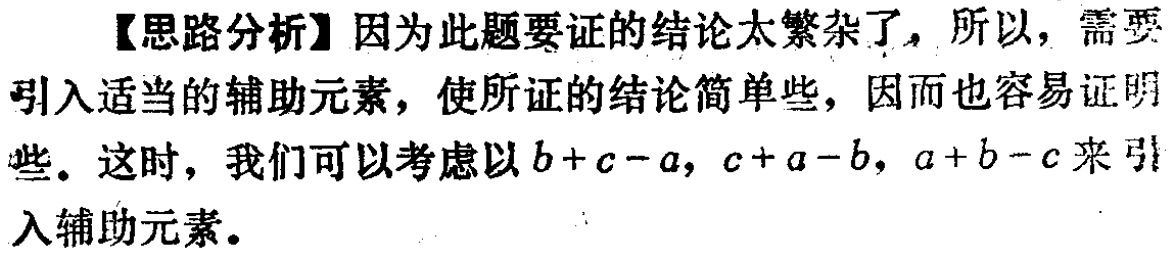
【思路分析】因为此题要证的结论太繁杂了，所以，需要引入适当的辅助元素，使所证的结论简单些，因而也容易证明些。这时，我们可以考虑以\(b + c - a\)，\(c + a - b\)，\(a + b - c\)来引入辅助元素。